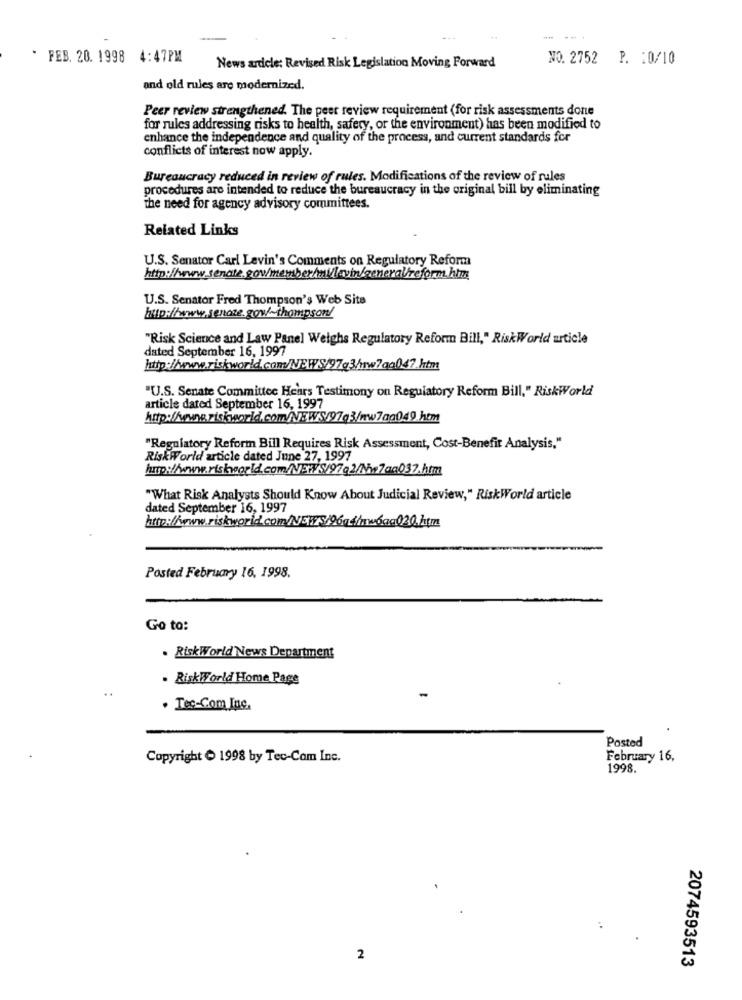
* FEB. 20. 1998 4:47PM
NO. 2752 P. : 0/10
News ardele: Revised Risk Legislation Moving Forward
and old rules are modernized.
Peer review strengthened. The peer review requirement (for risk assessments done
for rules addressing risks to health, safety, or the environment) has been modified to
enhance the independence and quality of the process, and current standards for
conflicts of interest now apply.
Bureaucracy reduced in review of rules. Modifications of the review of rules
procedures are intended to reduce the bureaucracy in the original bill by eliminating
the need for agency advisory committees.
Related Links
U.S. Senator Carl Levin's Comments on Regulatory Reform
http:/www.senate.gow/memberhai/lavin/genera/reform.him
U.S. Senator Fred Thompson's Web Site
http:/www.senote.gov/~thompson/
"Risk Science and Law Panel Weighs Regulatory Reform Bill," RiskWorld article
dated September 16, 1997
"U.S. Senate Committee Heurs Testimony on Regulatory Reform Bill," RiskWorld
article dated September 16, 1997
"Regulatory Reform Bill Requires Risk Assessment, Cost-Benefit Analysis,"
RiskWorld article dated June 27, 1997
"What Risk Analysts Should Know About Judicial Review," RiskWorld article
dated September 16, 1997
Posted February 16, 1998.
Go to:
. RiskWorld News Department
. RiskWorld Home Page
..
. Tec-Com Inc.
Posted
Copyright 1998 by Tec-Cam Inc.
February 16,
1998.
2
2074593513